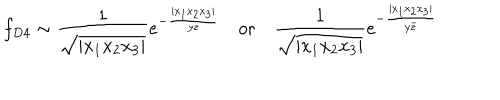
LaTeX: f _ { D 4 } \sim \frac { 1 } { \sqrt { | x _ { 1 } x _ { 2 } x _ { 3 } | } } e ^ { - \frac { | x _ { 1 } x _ { 2 } x _ { 3 } | } { y z } } \quad \mathrm { o r } \quad \frac { 1 } { \sqrt { | x _ { 1 } x _ { 2 } x _ { 3 } | } } e ^ { - \frac { | x _ { 1 } x _ { 2 } x _ { 3 } | } { y \bar { z } } }